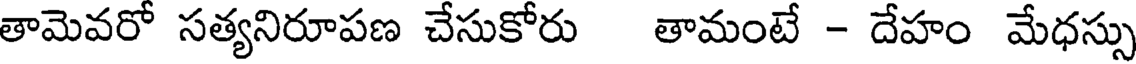
తామెవరో సత్యనిరూపణ చేసుకోరు తామంటే - దేహం మేధస్సు